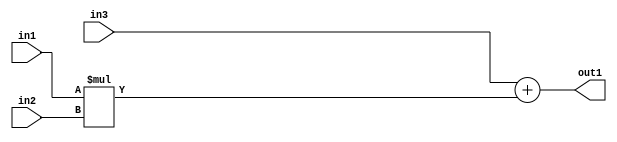
`timescale 1ps / 1ps
/*****************************************************************************
    Verilog RTL Description
    
    
    Created by: Stratus DpOpt 2019.1.01 
*******************************************************************************/

module SobelFilter_Add2Mul2s8u8s8_1 (
	in3,
	in2,
	in1,
	out1
	); /* architecture "behavioural" */ 
input [7:0] in3,
	in2,
	in1;
output [7:0] out1;
wire [7:0] asc001;

wire [7:0] asc001_tmp_0;
assign asc001_tmp_0 = 
	+(in3);
assign asc001 = asc001_tmp_0
	+(in1 * in2);

assign out1 = asc001;
endmodule

/* CADENCE  ubf5Sgk= : u9/ySgnWtBlWxVPRXgAZ4Og= ** DO NOT EDIT THIS LINE ******/